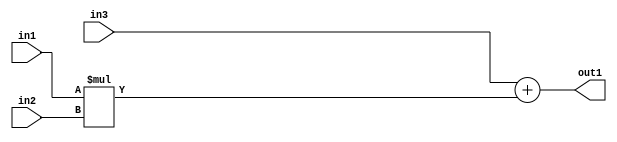
`timescale 1ps / 1ps
/*****************************************************************************
    Verilog RTL Description
    
    
    Created by: Stratus DpOpt 2019.1.01 
*******************************************************************************/

module SobelFilter_Add2Mul2s8u8s8_1 (
	in3,
	in2,
	in1,
	out1
	); /* architecture "behavioural" */ 
input [7:0] in3,
	in2,
	in1;
output [7:0] out1;
wire [7:0] asc001;

wire [7:0] asc001_tmp_0;
assign asc001_tmp_0 = 
	+(in3);
assign asc001 = asc001_tmp_0
	+(in1 * in2);

assign out1 = asc001;
endmodule

/* CADENCE  ubf5Sgk= : u9/ySgnWtBlWxVPRXgAZ4Og= ** DO NOT EDIT THIS LINE ******/